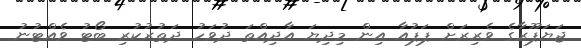
ޖަޔަޕޫރާގެ ވެރިރަށް ޕަޕުއާ އިން މިދިޔަ އާދިއްތަ ދުވަހު ދަތުުރުކުރި ބޯޓު ވެއްޓުނު